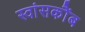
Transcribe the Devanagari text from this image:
स्वांसकौंब